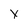
Character: x